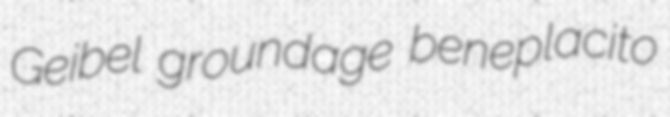
Geibel groundage beneplacito